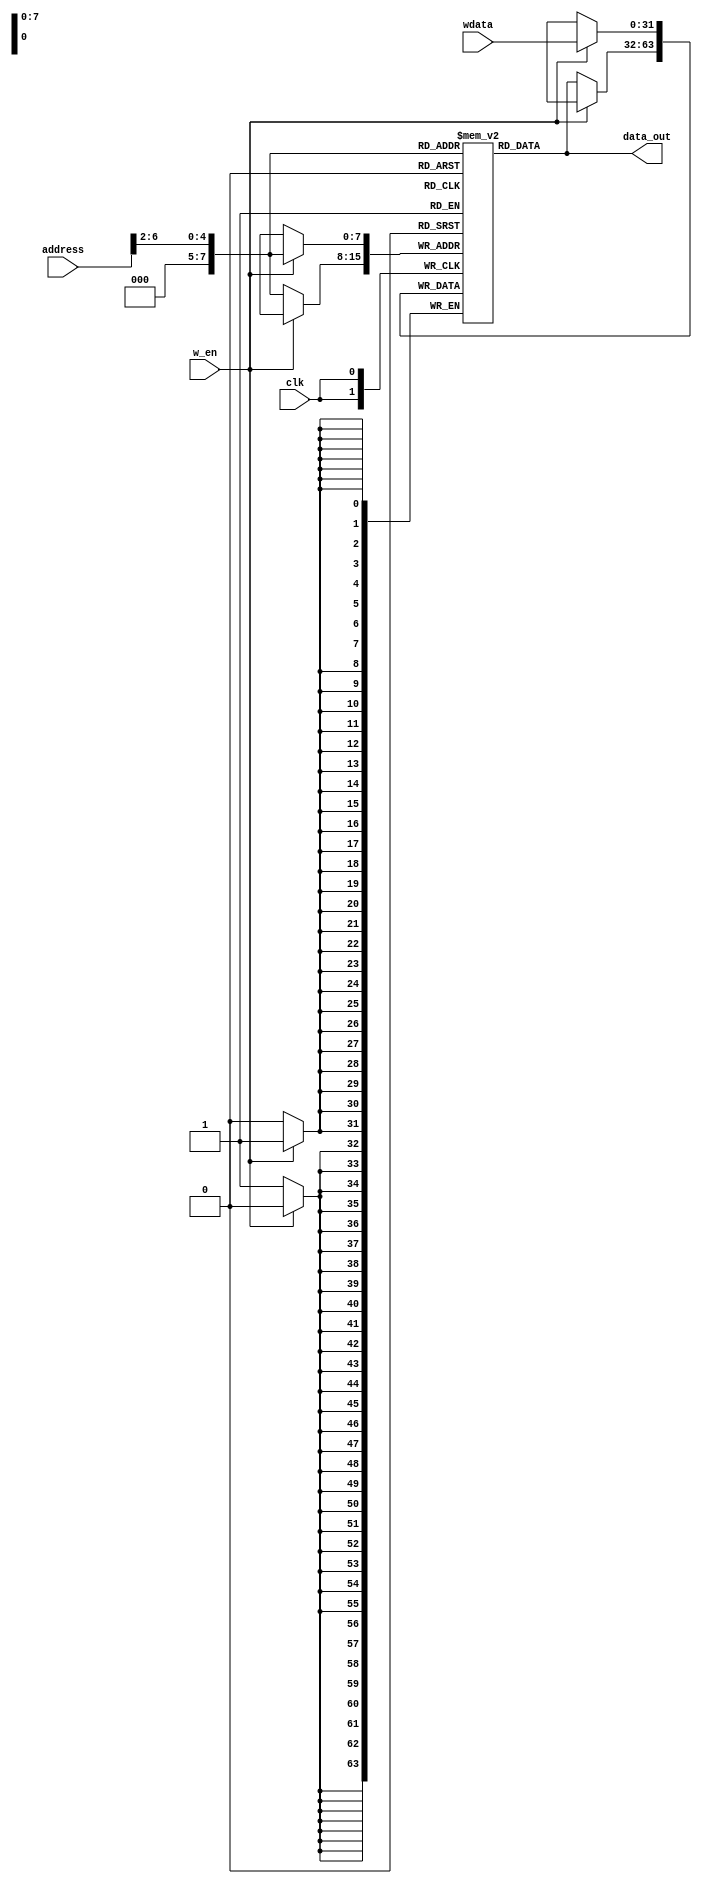
//data memory
module dataMEM(
    input           clk,
    input           w_en,//1:sw 0:lw
    input  [31:0]   wdata,
    input  [31:0]   address,
    output [31:0]   data_out
);
    reg [31:0] data_mem [0:255];

    //initial $readmemh("./data_mem.txt",data_mem);

    assign data_out = data_mem[address[6:2]];
    
    always @(posedge clk) begin
        if(w_en)
            data_mem[address[6:2]] <= wdata;
        else data_mem[address[6:2]] <= data_mem[address[6:2]];
    end


endmodule